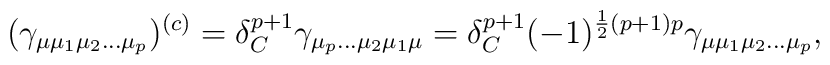
(\gamma_{\mu \mu_{1}\mu_{2}\ldots \mu_{p}})^{(c)} =  		\delta_{C}^{p+1}\gamma_{\mu_{p} \ldots \mu_{2} \mu_{1} \mu}	=  \delta_{C}^{p+1}(-1)^{\frac 12(p+1)p} \gamma_{\mu \mu_{1}\mu_{2}\ldots \mu_{p}},